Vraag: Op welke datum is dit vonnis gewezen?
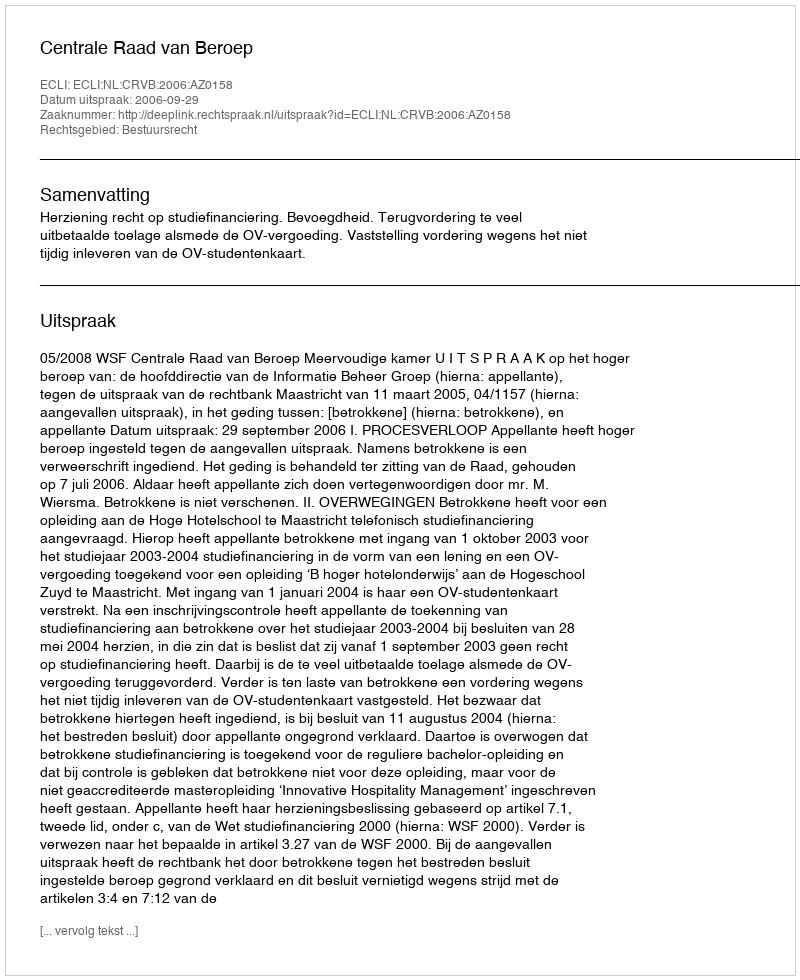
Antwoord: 2006-09-29